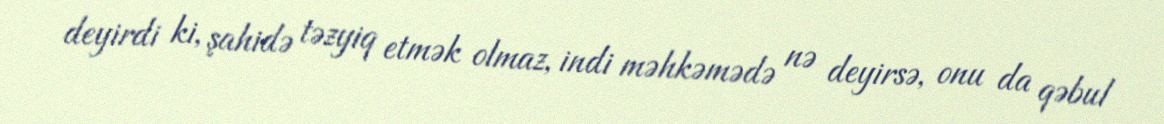
deyirdi ki, şahidə təzyiq etmək olmaz, indi məhkəmədə nə deyirsə, onu da qəbul